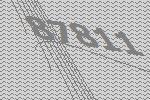
87811